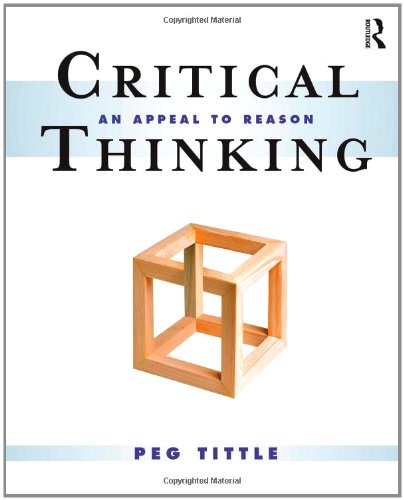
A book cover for Critical Thinking: An Appeal to Reason; Peg Tittle; Politics & Social Sciences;